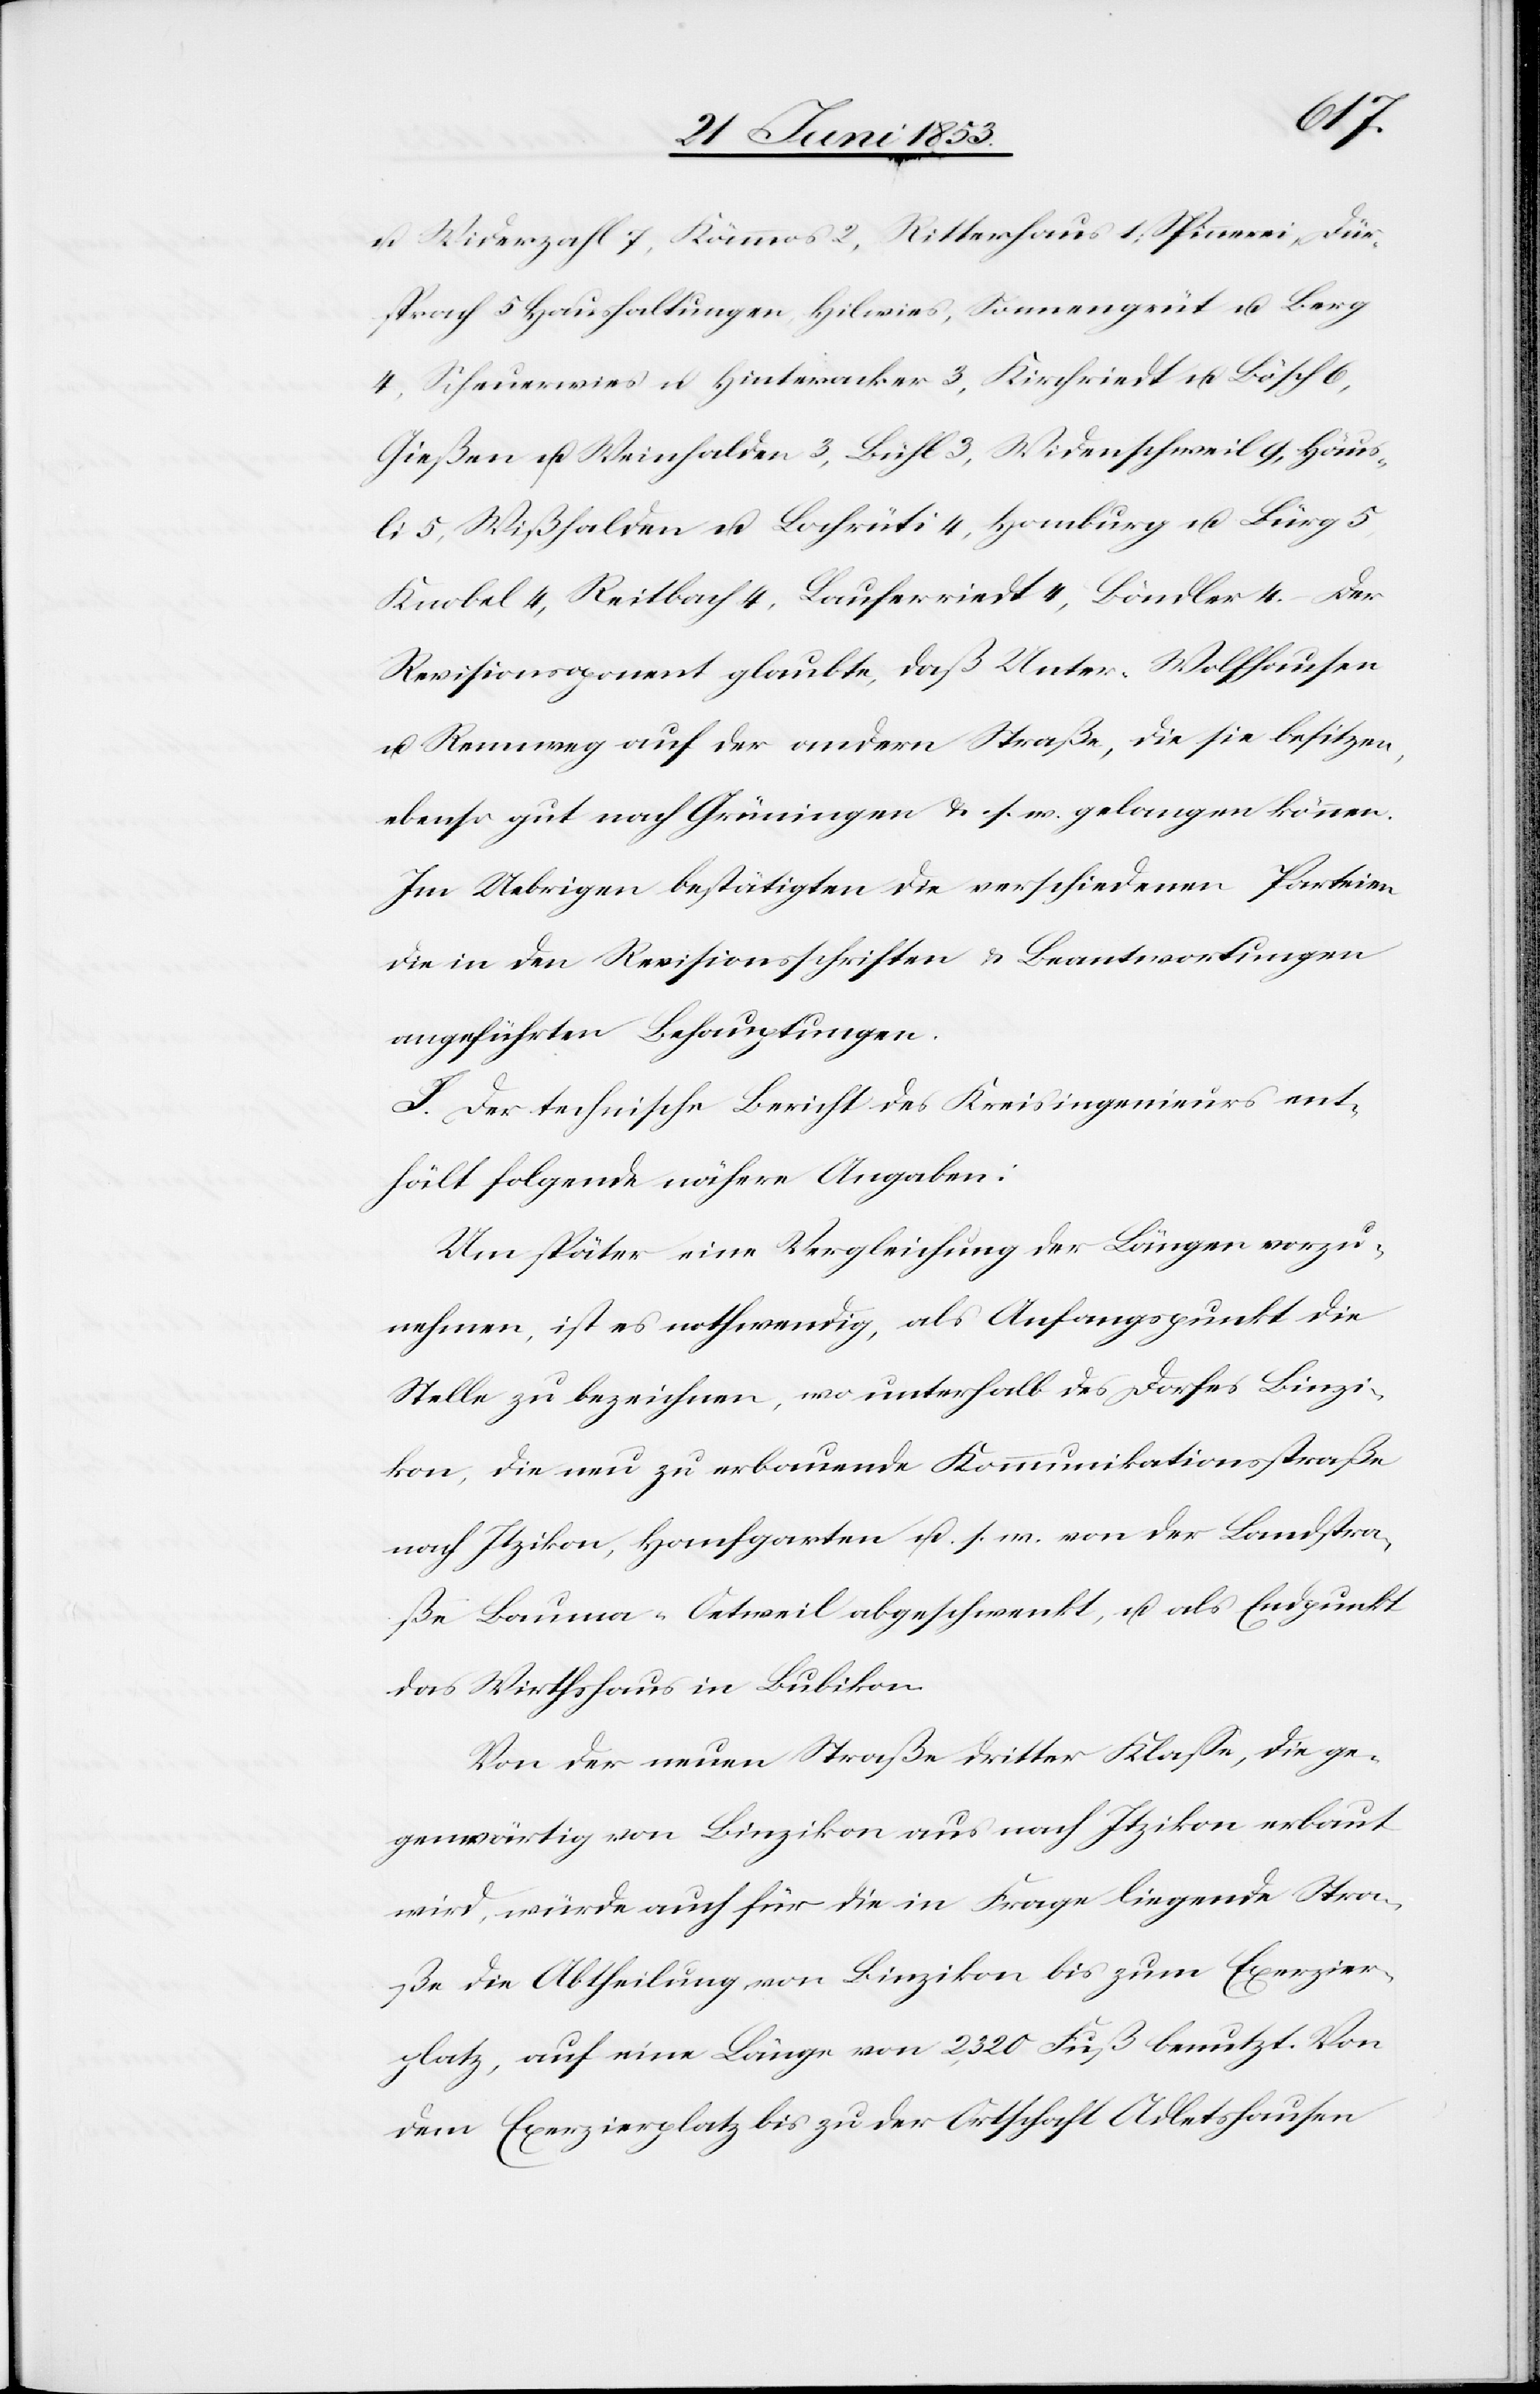
u. Widerzahl 7, Kämmas 2, Ritterhaus 1; Spinnerei, Dür¬
sprech 5 Haushaltungen, Hilwies, Sonnengrüt u. Berg
4, Scheuerwies u. Hinteracker 3, Kirchriedt u. Bösch 6,
Gießen u. Weinhalden 3, Bühl 3, Widenschweil 9, Häus¬
li 5, Wißhalden u. Bachrüti 4, Homburg u. Bürg 5,
Knobel 4, Reitbach, Lauferriedt 4, Böndler 4. – Der
Revisionsponent [sic!] glaubte, daß Unter-Wolfhausen
u. Rennweg auf der andern Straße, die sie besitzen,
ebenso gut nach Grüningen u. s. w. gelangen können.
Im Uebrigen bestätigten die verschiedenen Parteien
die in den Revisionsschriften u. Beantwortungen
angeführten Behauptungen.
J. Der technische Bericht des Kreisingenieurs ent¬
hält folgende nähere Angaben:
Um später eine Vergleichung der Längen vorzu¬
nehmen, ist es nothwendig, als Anfangspunkt die
Stelle zu bezeichnen, wo unterhalb des Dorfes Binzi¬
kon, die neu zu erbauende Kommunikationsstraße
nach Itzikon, Hanfgarten u. s. w. von der Landstra¬
ße Bauma-Oetweil abgeschwenkt, u. als Endpunkt
das Wirthhaus in Bubikon.
Von der neuen Straße dritter Klaße, die ge¬
genwärtig von Binzikon aus nach Itzikon erbaut
wird, würde auch für die in Frage liegende Stra¬
ße die Abtheilung von Binzikon bis zum Exerzier¬
platz, auf eine Länge von 2320 Fuß benutzt. Von
dem Exerzierplatz bis zu der Ortschaft Adletshausen